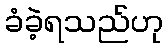
ခံခဲ့ရသည်ဟု